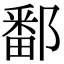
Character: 鄱